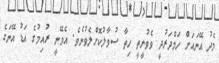
މެދު އޭނައަށް ހަމްދަރުދީ ވެވުނީތީ ހިތާ ސުވާލުކޮށްލެވުނެވެ. އެވޭނީ ރުއިމުގެ އަޑު އޭނަގެ